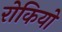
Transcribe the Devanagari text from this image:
रोकियो